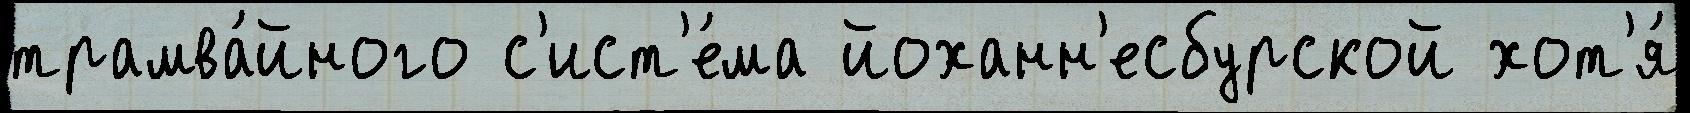
трамва́йного с'ист'е́ма йоханн'есбурской хот'я́